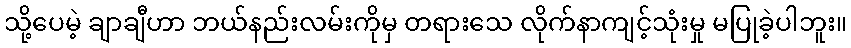
သို့ပေမဲ့ ချာချီဟာ ဘယ်နည်းလမ်းကိုမှ တရားသေ လိုက်နာကျင့်သုံးမှု မပြုခဲ့ပါဘူး။